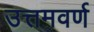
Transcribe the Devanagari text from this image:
उत्तमवर्ण